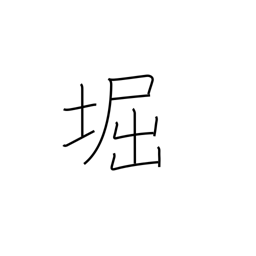
Meaning: moat